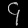
Digit: ၄